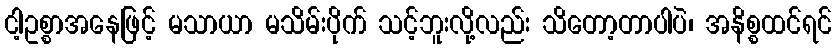
ငါ့ဥစ္စာအနေဖြင့် မသာယာ မသိမ်းပိုက် သင့်ဘူးလို့လည်း သိတော့တာပါပဲ၊ အနိစ္စထင်ရင်